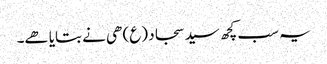
یہ سب کچھ سید سجاد (ع) ھی نے بتایا ھے۔